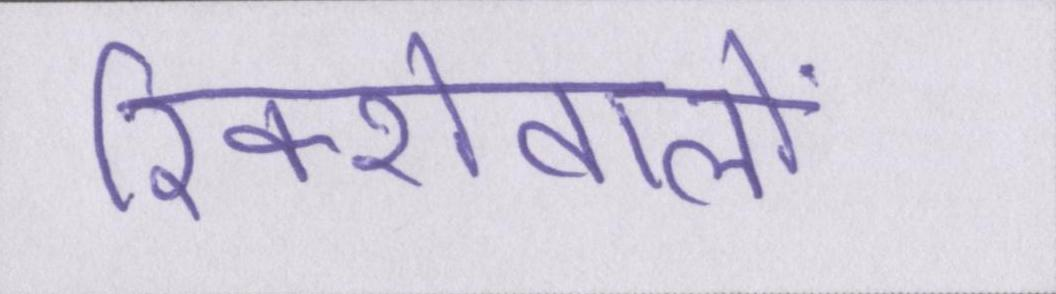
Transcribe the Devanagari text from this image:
रिक्शेवालों